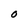
Character: O